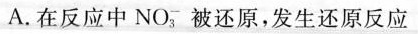
A. 在反应中 NO_{3}^{-} 被还原，发生还原反应